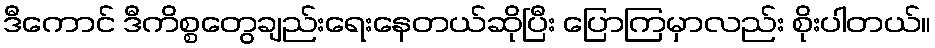
ဒီကောင် ဒီကိစ္စတွေချည်းရေးနေတယ်ဆိုပြီး ပြောကြမှာလည်း စိုးပါတယ်။